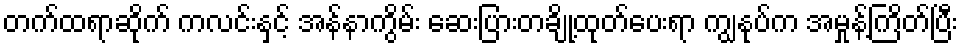
တက်ထရာဆိုက် ကလင်းနှင့် အန်နာကွိမ်း ဆေးပြားတချို့ထုတ်ပေးရာ ကျွနုပ်က အမှုန့်ကြိတ်ပြီး